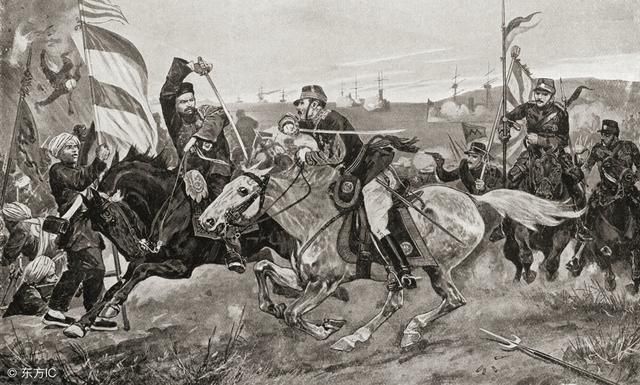
皮之不存，毛将安傅？